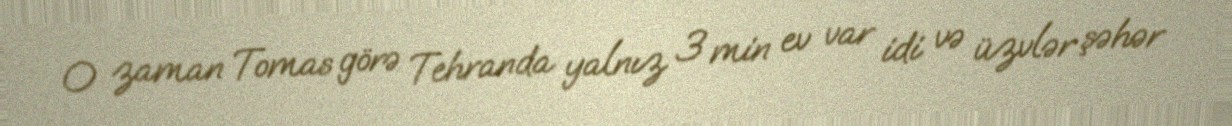
O zaman Tomas görə Tehranda yalnız 3 min ev var idi və üzvlər şəhər